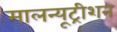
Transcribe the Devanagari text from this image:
मालन्यूट्रीशन